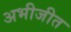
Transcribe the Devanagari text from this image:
अभीजीत